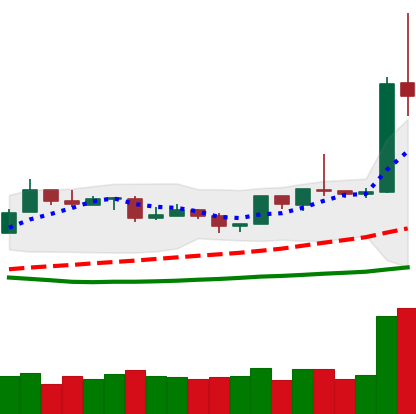
Ticker: ETH-USD
Chart end date: 2019-04-03
Forward return: 11.644%
Label: up_7plus